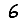
Digit: 6